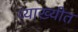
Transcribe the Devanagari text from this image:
व्याख्यीत